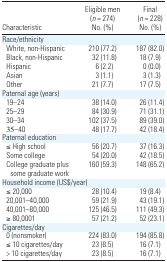
<table><thead><tr><td></td><td><b>Eligible men (<i>n</i> = 274)</b></td><td><b>Final (<i>n</i> = 228)</b></td></tr><tr><td><b>Characteristic</b></td><td><b>No. (%)</b></td><td><b>No. (%)</b></td></tr></thead><tbody><tr><td colspan="3">Race/ethnicity</td></tr><tr><td> White, non-Hispanic</td><td>210 (77.2)</td><td>187 (82.0)</td></tr><tr><td> Black, non-Hispanic</td><td>32 (11.8)</td><td>18 (7.9)</td></tr><tr><td> Hispanic</td><td>6 (2.2)</td><td>0 (0.0)</td></tr><tr><td> Asian</td><td>3 (1.1)</td><td>3 (1.3)</td></tr><tr><td> Other</td><td>21 (7.7)</td><td>17 (7.5)</td></tr><tr><td colspan="3">Paternal age (years)</td></tr><tr><td> 19–24</td><td>38 (14.0)</td><td>26 (11.4)</td></tr><tr><td> 25–29</td><td>84 (30.9)</td><td>71 (31.1)</td></tr><tr><td> 30–34</td><td>102 (37.5)</td><td>89 (39.0)</td></tr><tr><td> 35–40</td><td>48 (17.7)</td><td>42 (18.4)</td></tr><tr><td colspan="3">Paternal education</td></tr><tr><td> ≤ High school</td><td>56 (20.7)</td><td>37 (16.3)</td></tr><tr><td> Some college</td><td>54 (20.0)</td><td>42 (18.5)</td></tr><tr><td> College graduate plus some graduate work</td><td>160 (59.3)</td><td>148 (65.2)</td></tr><tr><td colspan="3">Household income (US$/year)</td></tr><tr><td> ≤ 20,000</td><td>28 (10.4)</td><td>19 (8.4)</td></tr><tr><td> 20,001–40,000</td><td>59 (21.9)</td><td>43 (19.1)</td></tr><tr><td> 40,001–80,000</td><td>125 (46.5)</td><td>111 (49.3)</td></tr><tr><td> ≥ 80,0001</td><td>57 (21.2)</td><td>52 (23.1)</td></tr><tr><td colspan="3">Cigarettes/day</td></tr><tr><td> 0 (nonsmoker)</td><td>224 (83.0)</td><td>194 (85.8)</td></tr><tr><td> ≤ 10 cigarettes/day</td><td>23 (8.5)</td><td>16 (7.1)</td></tr><tr><td> &gt; 10 cigarettes/day</td><td>23 (8.5)</td><td>16 (7.1)</td></tr></tbody></table>